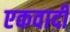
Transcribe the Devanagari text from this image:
एकवादी